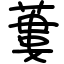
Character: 蔞